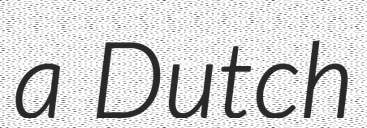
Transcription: a Dutch